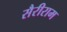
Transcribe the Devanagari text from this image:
सैरीराम